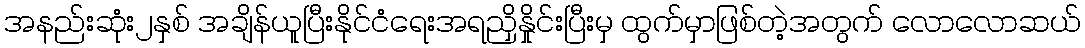
အနည်းဆုံး၂နှစ် အချိန်ယူပြီးနိုင်ငံရေးအရညှိနှိုင်းပြီးမှ ထွက်မှာဖြစ်တဲ့အတွက် လောလောဆယ်